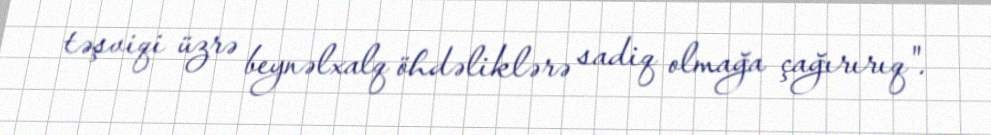
təşviqi üzrə beynəlxalq öhdəliklərə sadiq olmağa çağırırıq".